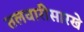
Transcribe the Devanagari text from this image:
तलवारीसारखे